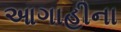
આગાહીના